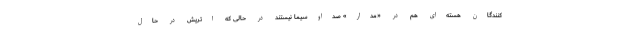
کنندگان هسته‌ای هم در «مدار» صداوسیما نیستند در حالی که اتریش در حال